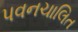
પવનચાલિત